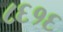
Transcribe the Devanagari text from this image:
८६१६